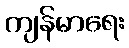
ကျန်မာရေး